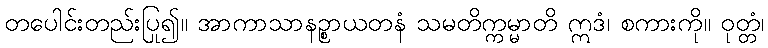
တပေါင်းတည်းပြု၍။ အာကာသာနဉ္စာယတနံ သမတိက္ကမ္မာတိ ဣဒံ၊ စကားကို။ ဝုတ္တံ၊